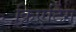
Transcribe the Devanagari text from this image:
क्रिएटिंग